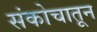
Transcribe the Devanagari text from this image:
संकोचातून